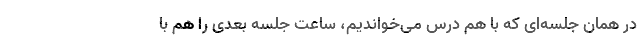
در همان جلسه‌ای که با هم درس می‌خواندیم، ساعت جلسه بعدی را هم با